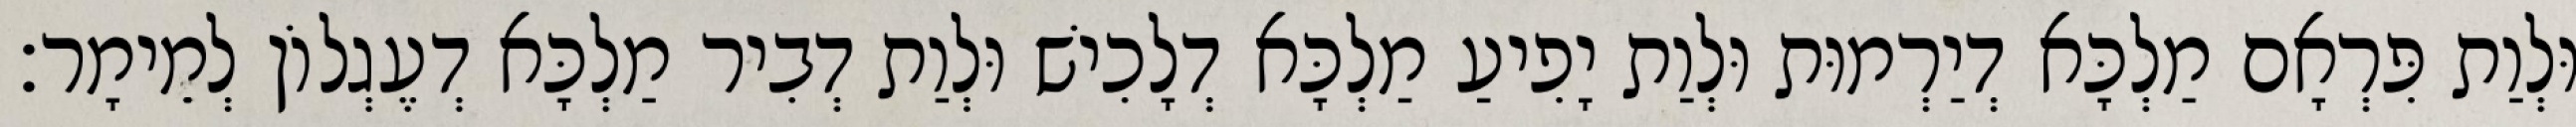
וּלְוַת פִּרְאָם מַלְכָּא דְיַרְמוּת וּלְוַת יָפִיעַ מַלְכָּא דְלָכִישׁ וּלְוַת דְבִיר מַלְכָּא דְעֶגְלוֹן לְמֵימָר׃